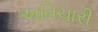
અતિચારી